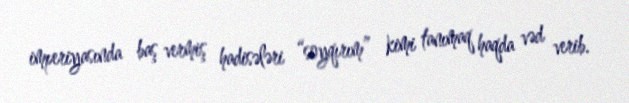
imperiyasında baş vermiş hadisələri “soyqırım” kimi tanımaq haqda vəd verib.